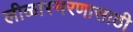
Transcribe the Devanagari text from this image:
लीळास्मरणासाठी